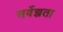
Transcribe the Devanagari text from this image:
सर्वेज्ञता